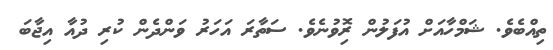
ތިއްބެވެ. ޝަމްހާއަށް އުފަލުން ރިޮވުނެވެ. ސަތާރަ އަހަރު ވަންދެން ކުރި ދުއާ އިޖާބަ